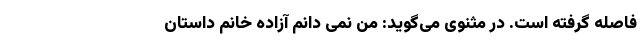
فاصله گرفته است. در مثنوی می‌گوید: من نمی دانم آزاده خانم داستان